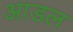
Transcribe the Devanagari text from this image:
आडल